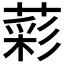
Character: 𦹮